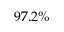
9 7 . 2 \%